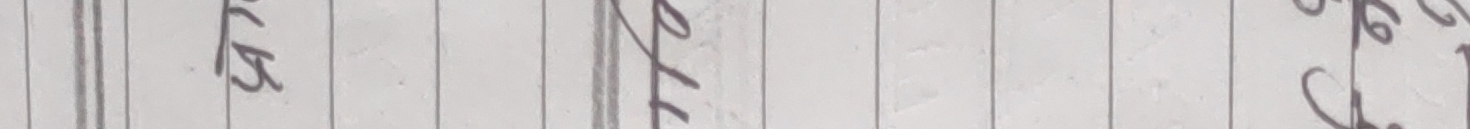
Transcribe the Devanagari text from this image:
बा ल्ल ६१